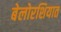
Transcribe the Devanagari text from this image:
बेलोरशियात